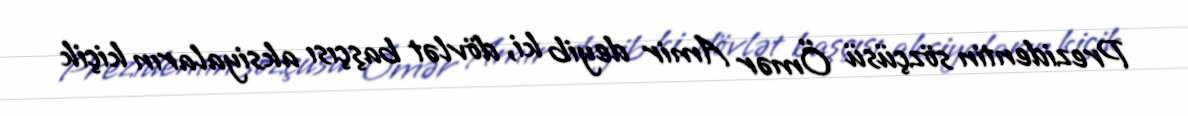
Prezidentin sözçüsü Ömər Amir deyib ki, dövlət başçısı aksiyaların kiçik